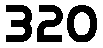
320